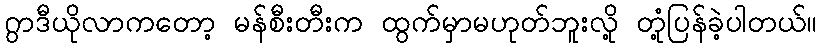
ဂွာဒီယိုလာကတော့ မန်စီးတီးက ထွက်မှာမဟုတ်ဘူးလို့ တုံ့ပြန်ခဲ့ပါတယ်။